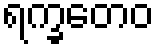
ရက္ခတေဝ